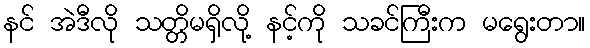
နင် အဲဒီလို သတ္တိမရှိလို့ နင့်ကို သခင်ကြီးက မရွေးတာ။